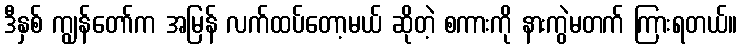
ဒီနှစ် ကျွန်တော်က အမြန် လက်ထပ်တော့မယ် ဆိုတဲ့ စကားကို နားကွဲမတက် ကြားရတယ်။